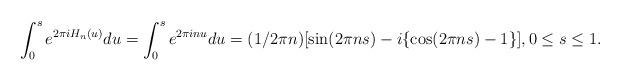
LaTeX: \begin{align*}\int_0^s e^{2 \pi i H_n(u)} du = \int_0^s e^{2 \pi i n u } du =(1/2\pi n)[ \sin (2 \pi ns) - i \{\cos (2 \pi n s) -1 \}], 0 \leq s \leq 1.\end{align*}